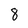
Character: 8